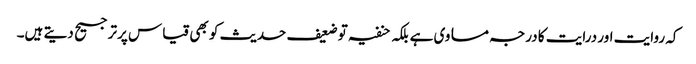
کہ روایت اور درایت کا درجہ مساوی ہے بلکہ حنفیہ توضعیف حدیث کو بھی قیاس پرترجیح دیتے ہیں۔